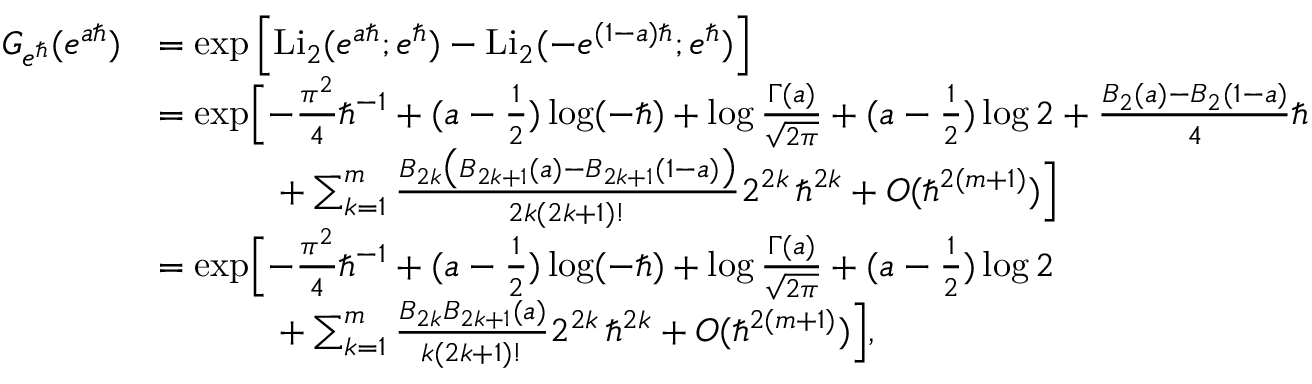
\begin{array} { r l } { G _ { e ^ { \hbar } } ( e ^ { a \hbar } ) } & { = \exp \left[ \mathrm { L i } _ { 2 } ( e ^ { a \hbar } ; e ^ { \hbar } ) - \mathrm { L i } _ { 2 } ( - e ^ { ( 1 - a ) \hbar } ; e ^ { \hbar } ) \right] } \\ & { = \exp \Bigl [ - \frac { \pi ^ { 2 } } { 4 } \hbar ^ { - 1 } + ( a - \frac { 1 } { 2 } ) \log ( - \hbar ) + \log \frac { \Gamma ( a ) } { \sqrt { 2 \pi } } + ( a - \frac { 1 } { 2 } ) \log 2 + \frac { B _ { 2 } ( a ) - B _ { 2 } ( 1 - a ) } { 4 } \hbar } \\ & { \phantom { = \exp x } + \sum _ { k = 1 } ^ { m } \frac { B _ { 2 k } \bigl ( B _ { 2 k + 1 } ( a ) - B _ { 2 k + 1 } ( 1 - a ) \bigr ) } { 2 k ( 2 k + 1 ) ! } 2 ^ { 2 k } \, \hbar ^ { 2 k } + O ( \hbar ^ { 2 ( m + 1 ) } ) \Bigr ] } \\ & { = \exp \Bigl [ - \frac { \pi ^ { 2 } } { 4 } \hbar ^ { - 1 } + ( a - \frac { 1 } { 2 } ) \log ( - \hbar ) + \log \frac { \Gamma ( a ) } { \sqrt { 2 \pi } } + ( a - \frac { 1 } { 2 } ) \log 2 } \\ & { \phantom { = \exp x } + \sum _ { k = 1 } ^ { m } \frac { B _ { 2 k } B _ { 2 k + 1 } ( a ) } { k ( 2 k + 1 ) ! } 2 ^ { 2 k } \, \hbar ^ { 2 k } + O ( \hbar ^ { 2 ( m + 1 ) } ) \Bigr ] , } \end{array}